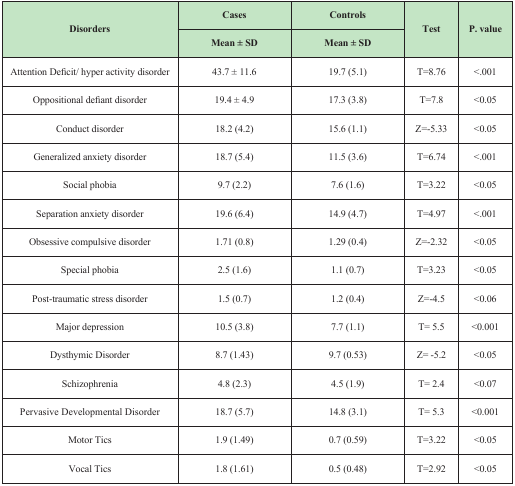
<table><thead><tr><td rowspan="2"><b>Disorders</b></td><td><b>Cases</b></td><td><b>Controls</b></td><td rowspan="2"><b>Test</b></td><td rowspan="2"><b><i>P</i>. value</b></td></tr><tr><td><b>Mean ± SD</b></td><td><b>Mean ± SD</b></td></tr></thead><tbody><tr><td>Attention Deficit/ hyper activity disorder</td><td>43.7 ± 11.6</td><td>19.7 (5.1)</td><td>T=8.76</td><td>&lt;.001</td></tr><tr><td>Oppositional defiant disorder </td><td>19.4 ± 4.9</td><td>17.3 (3.8)</td><td>T=7.8</td><td>&lt;0.05</td></tr><tr><td>Conduct disorder </td><td>18.2 (4.2)</td><td>15.6 (1.1)</td><td>Z=-5.33</td><td>&lt;0.05</td></tr><tr><td>Generalized anxiety disorder</td><td>18.7 (5.4)</td><td>11.5 (3.6)</td><td>T=6.74</td><td>&lt;.001</td></tr><tr><td>Social phobia</td><td>9.7 (2.2)</td><td>7.6 (1.6)</td><td>T=3.22</td><td>&lt;0.05</td></tr><tr><td>Separation anxiety disorder</td><td>19.6 (6.4)</td><td>14.9 (4.7)</td><td>T=4.97</td><td>&lt;.001</td></tr><tr><td>Obsessive compulsive disorder </td><td>1.71 (0.8)</td><td>1.29 (0.4)</td><td>Z=-2.32</td><td>&lt;0.05</td></tr><tr><td>Special phobia</td><td>2.5 (1.6)</td><td>1.1 (0.7)</td><td>T=3.23</td><td>&lt;0.05</td></tr><tr><td>Post-traumatic stress disorder</td><td>1.5 (0.7)</td><td>1.2 (0.4)</td><td>Z=-4.5</td><td>&lt;0.06</td></tr><tr><td>Major depression</td><td>10.5 (3.8)</td><td>7.7 (1.1)</td><td>T= 5.5</td><td>&lt;0.001</td></tr><tr><td>Dysthymic Disorder</td><td>8.7 (1.43)</td><td>9.7 (0.53)</td><td>Z= -5.2</td><td>&lt;0.05</td></tr><tr><td>Schizophrenia</td><td>4.8 (2.3)</td><td>4.5 (1.9)</td><td>T= 2.4</td><td>&lt;0.07</td></tr><tr><td>Pervasive Developmental Disorder</td><td>18.7 (5.7)</td><td>14.8 (3.1)</td><td>T= 5.3</td><td>&lt;0.001</td></tr><tr><td>Motor Tics</td><td>1.9 (1.49)</td><td>0.7 (0.59)</td><td>T=3.22</td><td>&lt;0.05</td></tr><tr><td>Vocal Tics</td><td>1.8 (1.61)</td><td>0.5 (0.48)</td><td>T=2.92</td><td>&lt;0.05</td></tr></tbody></table>